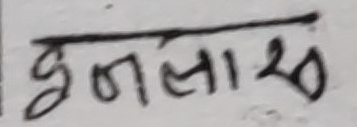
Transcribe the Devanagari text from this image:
इन्लाख २०